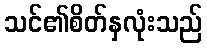
သင်၏စိတ်နှလုံးသည်